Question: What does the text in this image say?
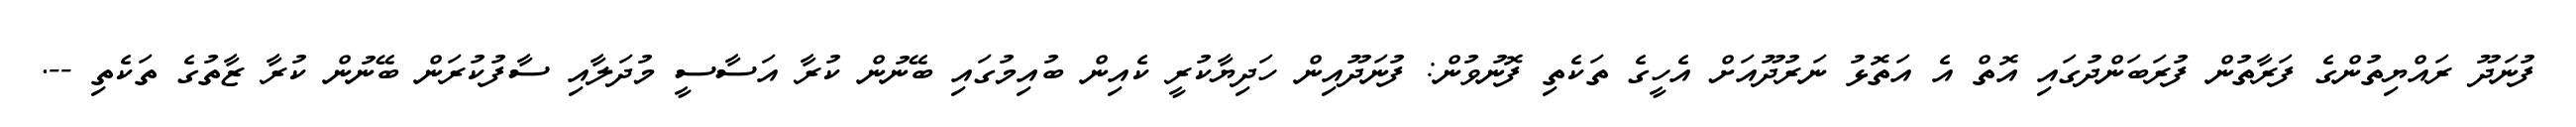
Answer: ފުނަދޫ ރައްޔިތުންގެ ފަރާތުން ފުރަބަންދުގައި އޮތް އެ އަތޮޅު ނަރުދޫއަށް އެހީގެ ތަކެތި ފޮނުވުން: ފުނަދޫއިން ހަދިޔާކުރީ ކެއިން ބުއިމުގައި ބޭނުން ކުރާ އަސާސީ މުދަލާއި ސާފުކުރަން ބޭނުން ކުރާ ޒާތުގެ ތަކެތި --.